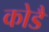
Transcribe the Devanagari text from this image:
कोडै